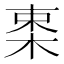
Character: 𣒛